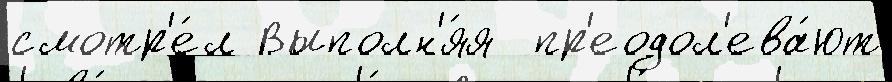
смотр'е́л Выполн'я́я  пр'еодол'ева́ют